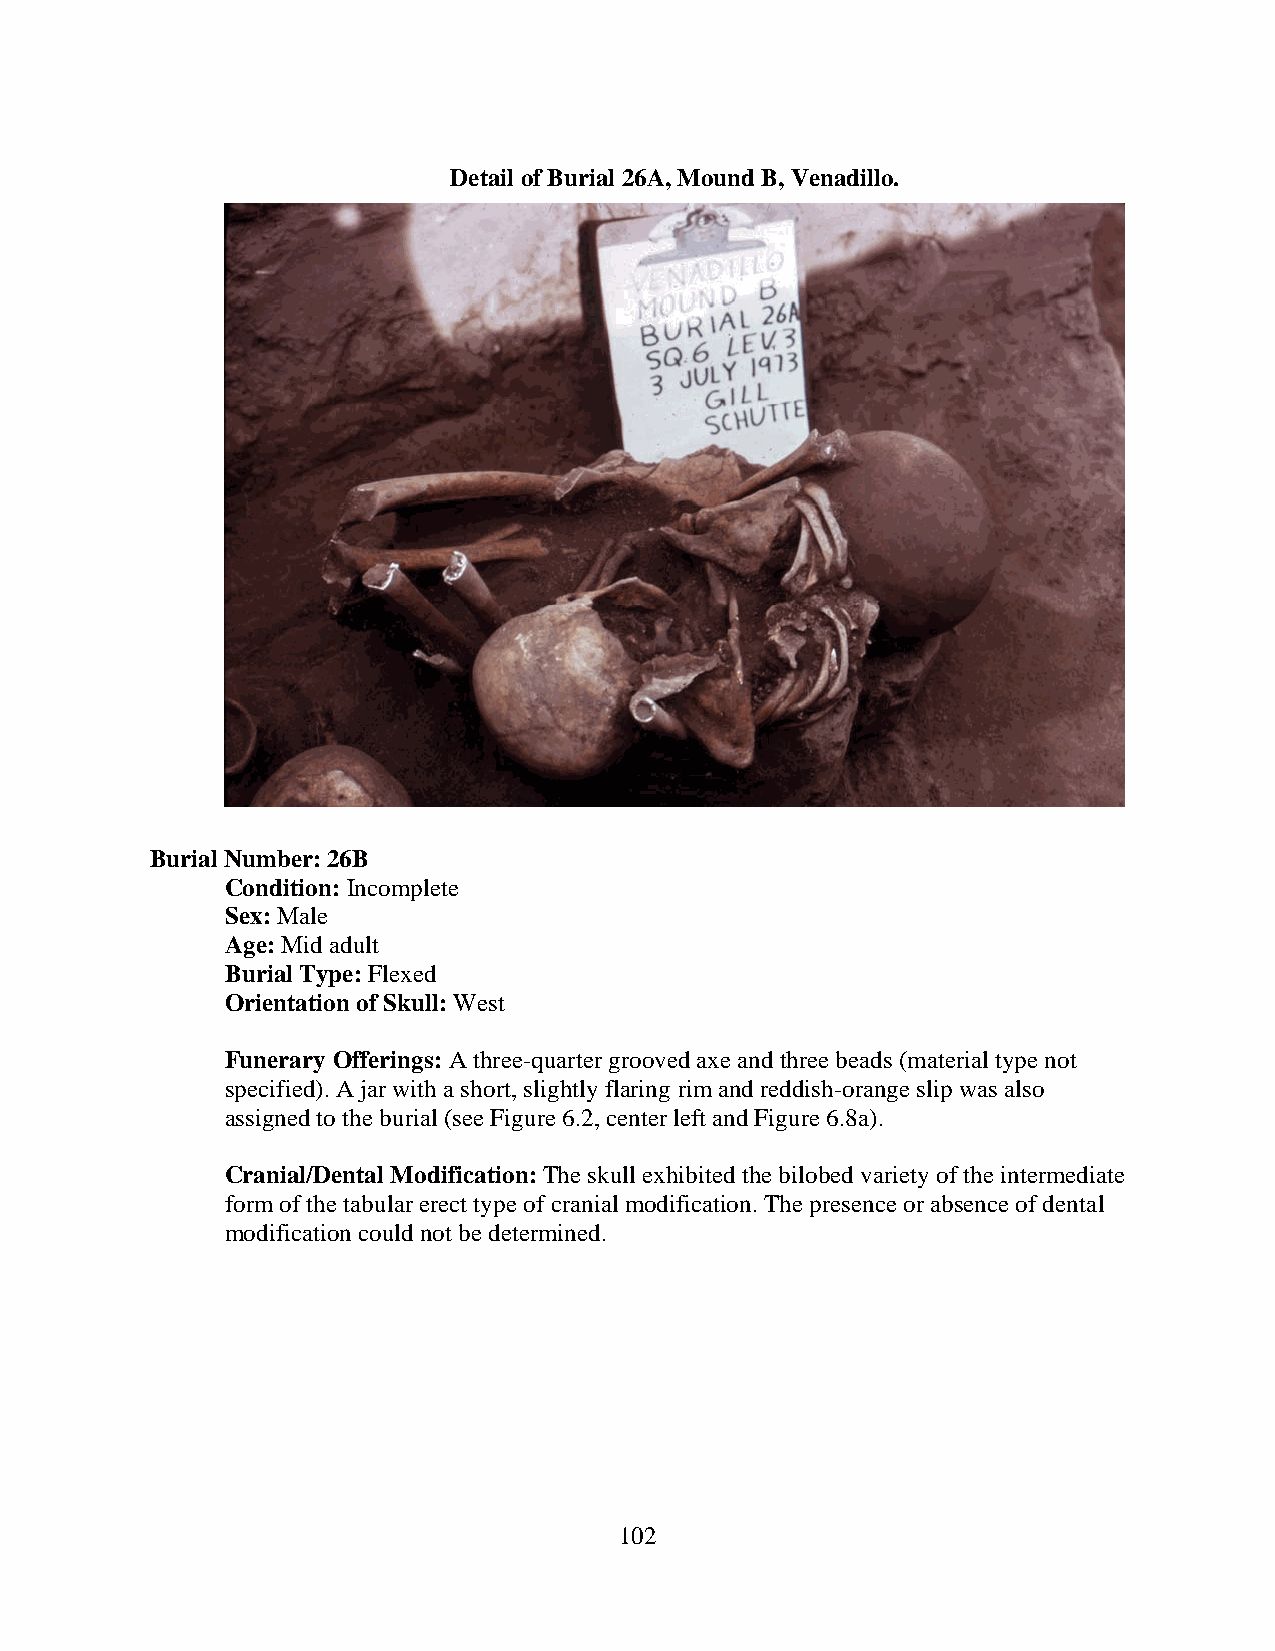
Detail of Burial 26A, Mound B, Venadillo.
 Burial Number: 26B
 Condition: Incomplete
 Sex: Male
 Age: Mid adult
 Burial Type: Flexed
 Orientation of Skull: West
 Funerary Offerings: A three-quarter grooved axe and three beads (material type not
 specified). A jar with a short, slightly flaring rim and reddish-orange slip was also
 assigned to the burial (see Figure 6.2, center left and Figure 6.8a).
 Cranial/Dental Modification: The skull exhibited the bilobed variety of the intermediate
 form of the tabular erect type of cranial modification. The presence or absence of dental
 modification could not be determined.
 102